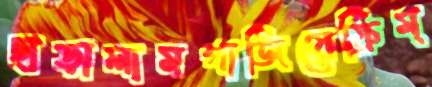
ছাড়ালামগাজিয়েফ্রিম্